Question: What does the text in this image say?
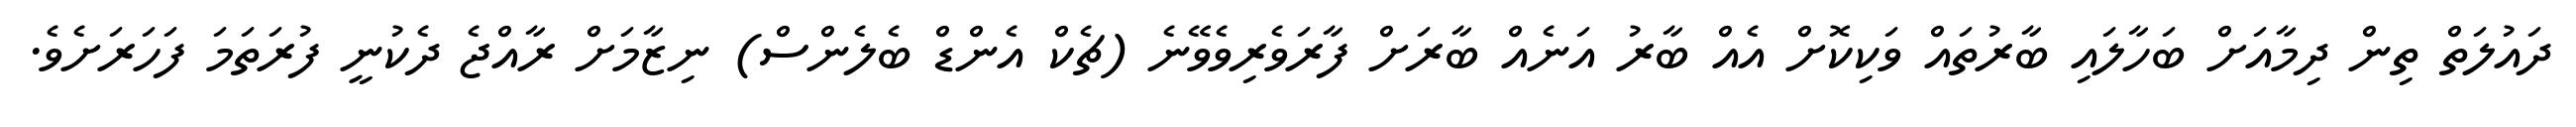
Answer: ދައުލަތް ތިން ދިމާއަށް ބަހާލައި ބާރުތައް ވަކިކޮށް އެއް ބާރު އަނެއް ބާރަށް ފާރަވެރިވެވޭނެ (ޗެކް އެންޑް ބެލެންސް) ނިޒާމަށް ރާއްޖެ ދެކުނީ ފުރަތަމަ ފަހަރަށެވެ.